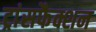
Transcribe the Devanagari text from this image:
ट्रांसफैक्शन